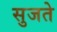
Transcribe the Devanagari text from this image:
सुजते